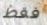
فقط